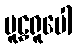
မူဠှရူပေါ